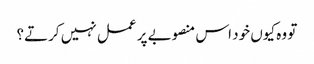
تو وہ کیوں خود اس منصوبے پر عمل نہیں کرتے؟